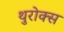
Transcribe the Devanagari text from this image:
थुरोक्स